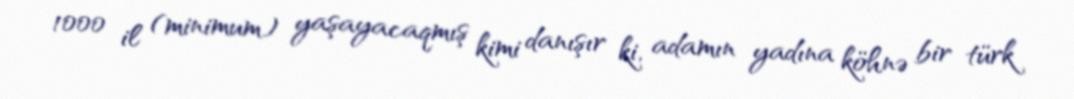
1000 il (minimum) yaşayacaqmış kimi danışır ki, adamın yadına köhnə bir türk